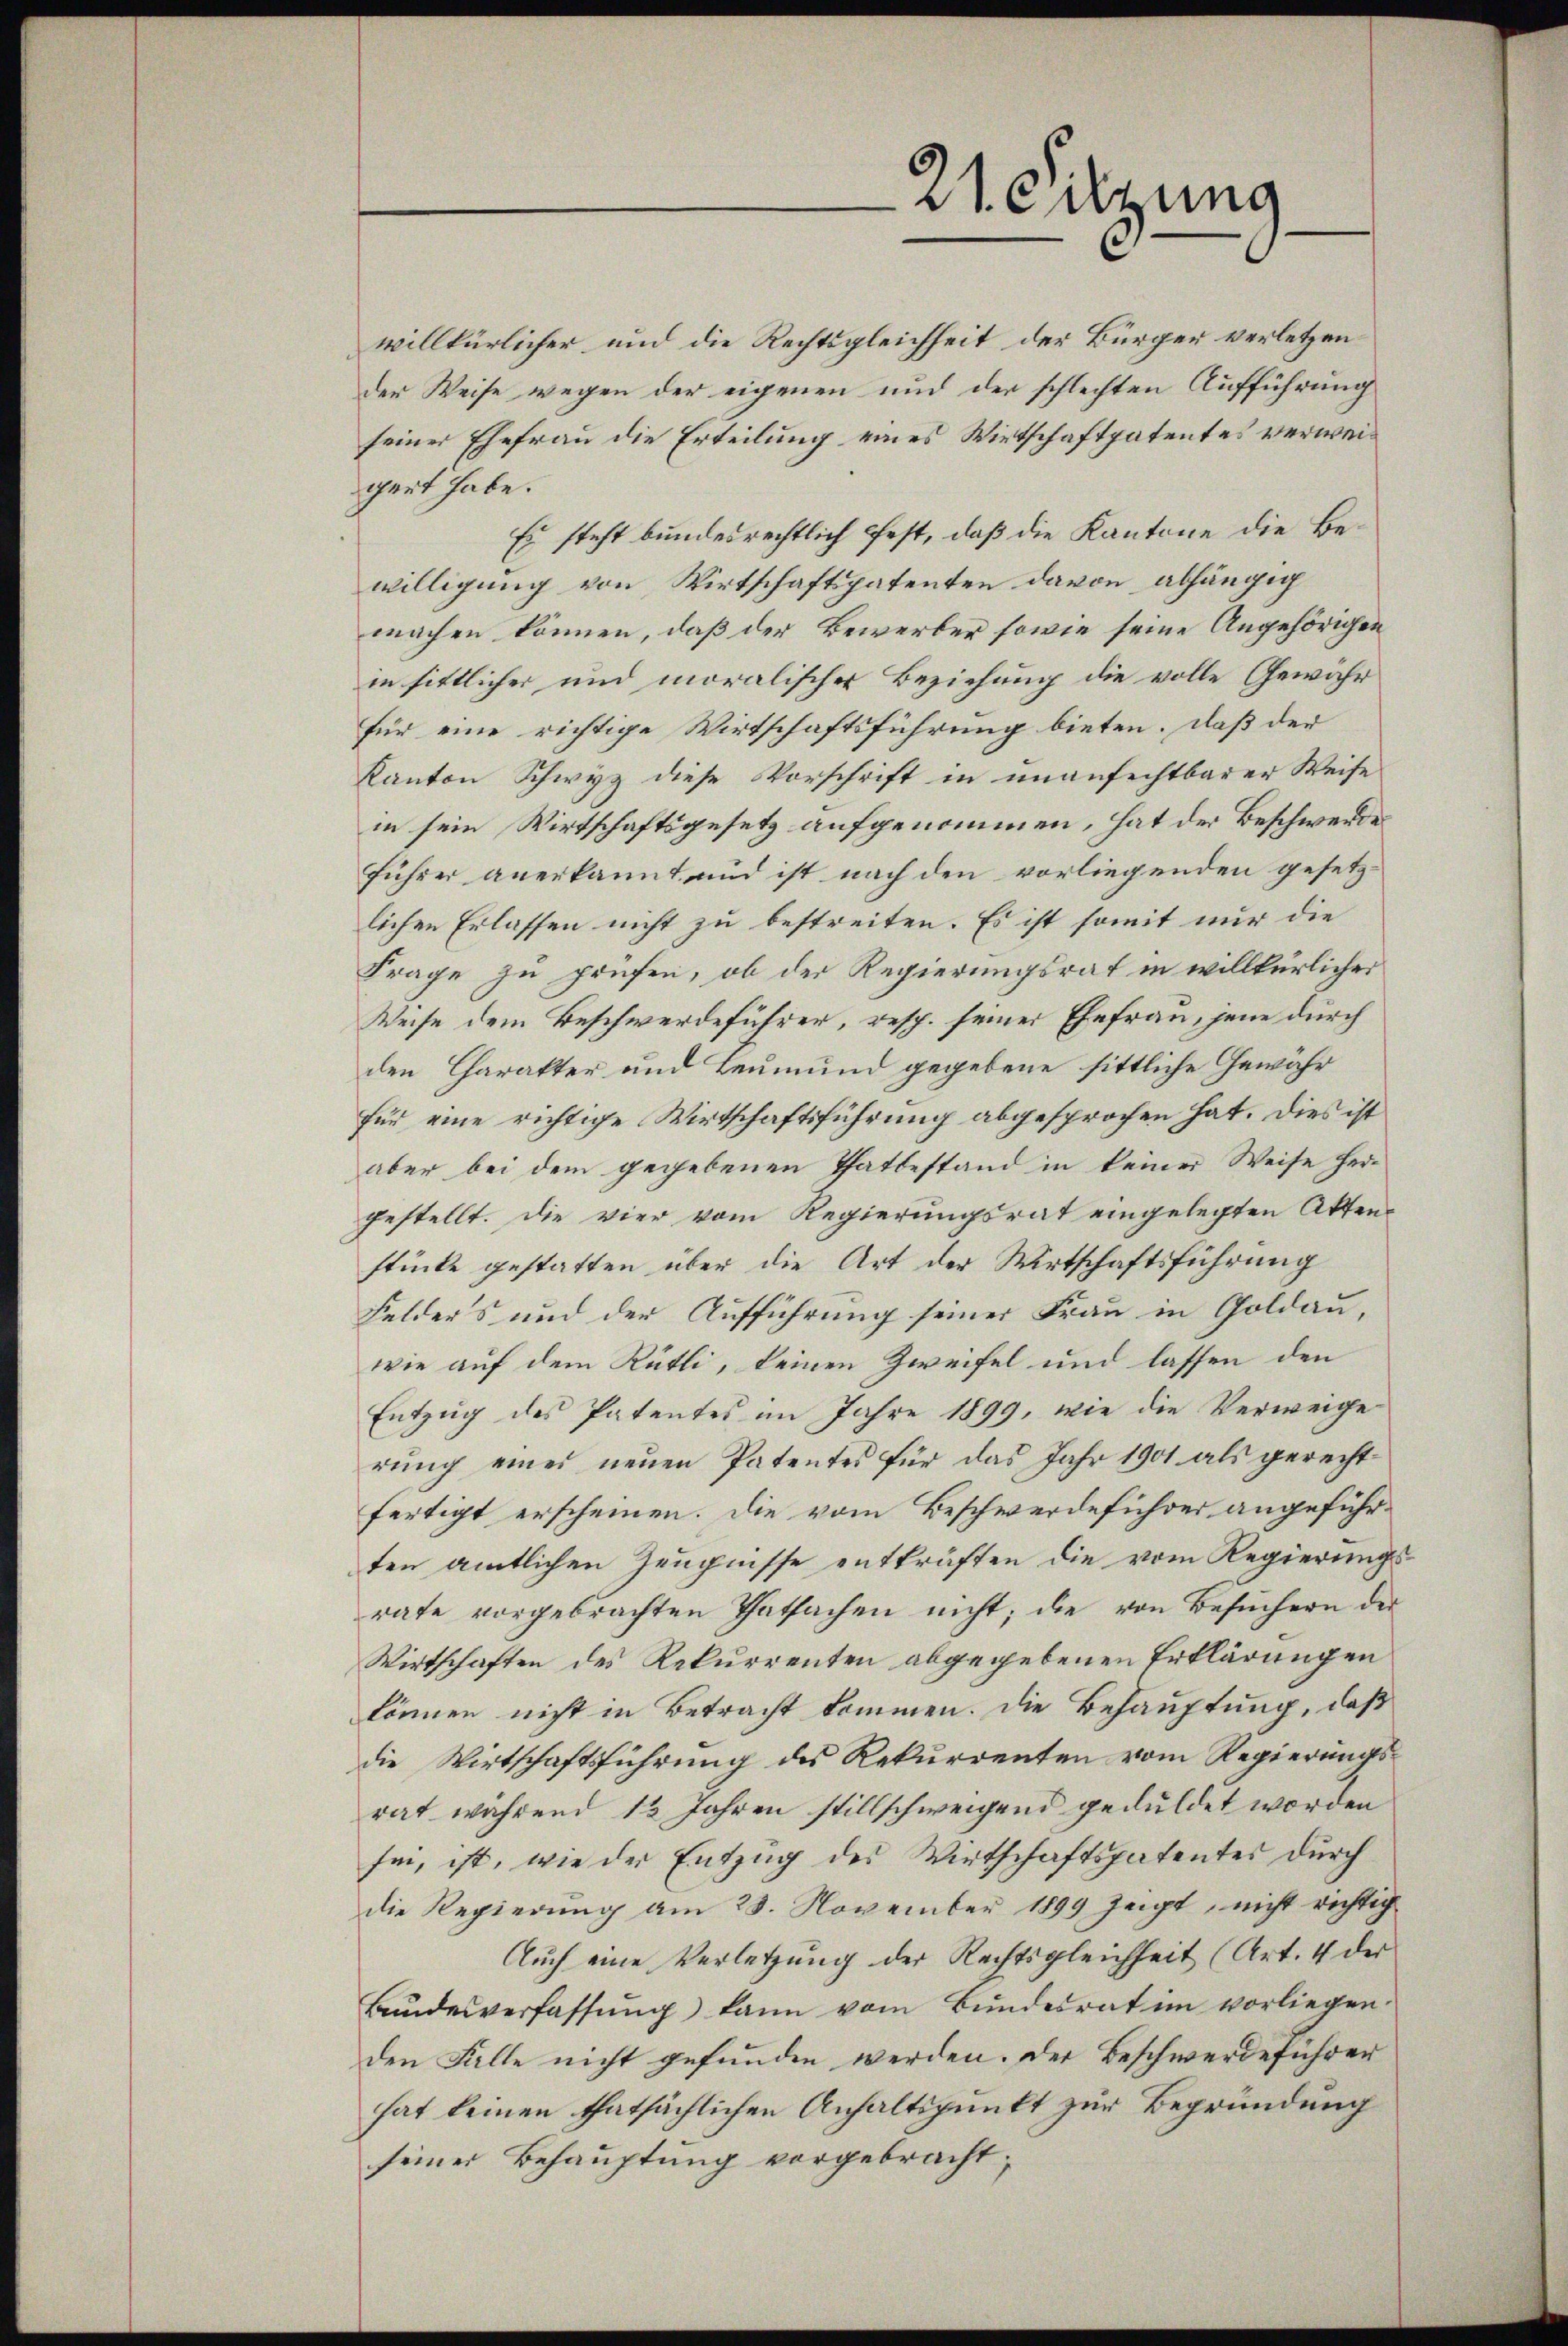
21. Sitzung

willkürlicher und die Rechtsgleichheit der Bürger verletzen
der Weise wegen der eigenen und der schlechten Aufführung
seiner Ehefrau die Erteilung eines Wirtschaftpatentes verweigert habe.
Es steht bundesrechtlich fest, daß die Kantone die Bewilligung von Wirtschaftspatenten davon abhängig
machen können, daß der Bewerber sowie seine Angehörigen
in sittlicher und moralischer Beziehung die volle Gewähr
für eine richtige Wirtschaftsführung bieten. Daß der
Kanton Schwyz diese Vorschrift in unanfechtbarer Weise
in sein Wirtschaftsgesetz aufgenommen, hat der Beschwerde
führer anerkannt und ist nach den vorliegenden gesetzlichen Erlassen nicht zu bestreiten. Es ist somit nur die
Frage zu prüfen, ob der Regierungsrat in willkürlicher
Weise dem Beschwerdeführer, resp. seiner Ehefrau, jene durch
den Charakter und Leumund gegebene sittliche Gewähr
für eine richtige Wirtschaftsführung abgesprochen hat. Dies ist
aber bei dem gegebenen Thatbestand in keiner Weise hergestellt. Die vier vom Regierungsrat eingelegten Aktenstücke gestatten über die Art der Wirtschaftsführung
Felders und der Aufführung seiner Frau in Goldau,
wie auf dem Rütli, keinen Zweifel und lassen den
Entzug des Patentes im Jahre 1899, wie die Verweige
rung eines neuen Patentes für das Jahr 1901 als gerechtfertigt erscheinen. Die vom Beschwerdeführer angeführten amtlichen Zeugnisse entkräften die vom Regierungsrate vorgebrachten Thatsachen nicht; die von Besuchern der
Wirtschaften des Rekurrenten abgegebenen Erklärungen
können nicht in Betracht kommen. Die Behauptung, daß
die Wirtschaftsführung des Rekurrenten vom Regierungsrat während 12 Jahren stillschweigend geduldet worden
sei, ist, wie der Entzug des Wirtschaftspatentes durch
die Regierung am 28. November 1899 zeigt, nicht richtig
Auch eine Verletzung der Rechtsgleichheit (Art. 4 der
Bundesverfassŭng kann vom Bundesrat im vorliegen.
den Falle nicht gefunden werden. Der Beschwerdeführer
hat keinen thatsächlichen Anhaltspunkt zur Begründung
seiner Behauptung vorgebracht;